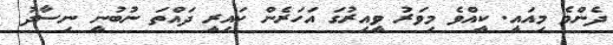
ދެންމެ މިއައީ. ކީއްވެ މިވަރު ވީއިރުގަ އަހަރެން ކައިރީ ދައްތަ ނުބުނީ ނިސާދު